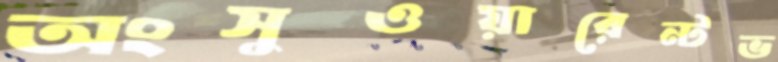
অংসুওয়ারেন্টভ